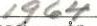
1965